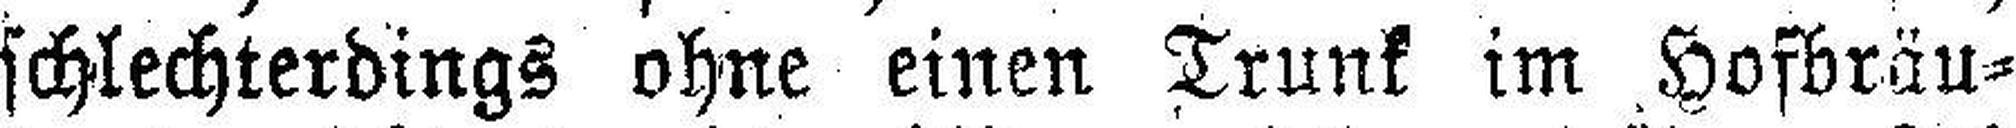
schlechterdings ohne einen Trunk im Hofbräu¬